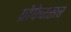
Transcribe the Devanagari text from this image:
प्रोफेस्सर